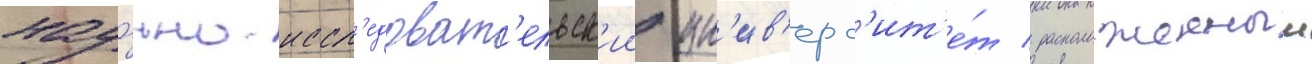
нау́чно-иссл'едоват'ельск'ии ун'ив'ерс'ит'е́т / расположенныи